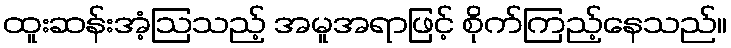
ထူးဆန်းအံ့ဩသည့် အမူအရာဖြင့် စိုက်ကြည့်နေသည်။